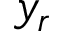
y _ { r }